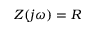
Z ( j \omega ) = R \,